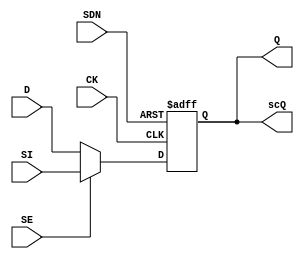
// SPDX-License-Identifier: Apache-2.0
// Copyright (C) 2019 Intel Corporation. 
// Library - aibcr_lib, Cell - aibcr_dcc_ff, View - schematic
// LAST TIME SAVED: May 18 17:39:15 2015
// NETLIST TIME: Jun  3 08:29:48 2015
// `timescale 1ns / 1ns 

module aibcr3_svt16_scdffsdn_cust ( Q, scQ, CK, 
     D, SDN, SE, SI );

output  Q, scQ;

input  SDN, CK, D, SE, SI;

wire Q, net023, se_n, SI, D;
reg  scQ;

assign se_n = !SE;
assign Q = scQ;
assign net023 = se_n ? D : SI;

always@(posedge CK or negedge SDN) begin
        if (!SDN) begin
                scQ <= 1'b1;
        end
        else begin
                scQ <= net023;
        end
end

endmodule